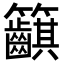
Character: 𥸞